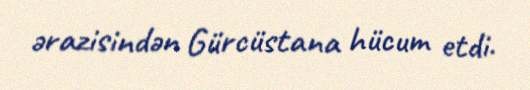
ərazisindən Gürcüstana hücum etdi.